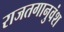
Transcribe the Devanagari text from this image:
राजतगानुवंश